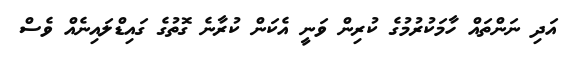
އަދި ނަންތައް ހާމަކުރުމުގެ ކުރިން ވަނީ އެކަން ކުރާނެ ގޮތުގެ ގައިޑްލައިނެއް ވެސް